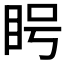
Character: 𪾥